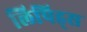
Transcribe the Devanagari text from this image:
लिपिड्स